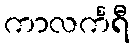
ကာလင်္ကရီ